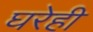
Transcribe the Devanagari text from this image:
घरेही